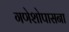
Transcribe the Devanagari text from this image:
गणेशोपासना